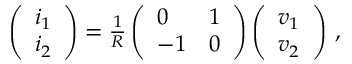
\begin{array} { r } { \left( \begin{array} { l } { i _ { 1 } } \\ { i _ { 2 } } \end{array} \right) = \frac { 1 } { R } \left( \begin{array} { l l } { 0 } & { 1 } \\ { - 1 } & { 0 } \end{array} \right) \left( \begin{array} { l } { v _ { 1 } } \\ { v _ { 2 } } \end{array} \right) \, , } \end{array}